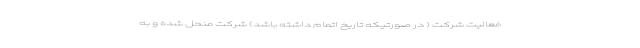
فعالیت شرکت ( در صورتیکه تاریخ اتمام داشته باشد) شرکت منحل شده و به